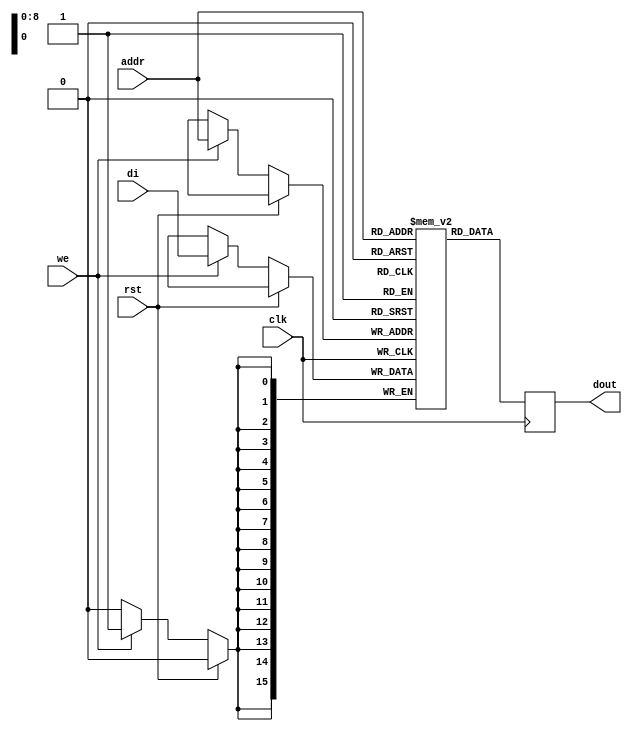

module rams_sp_rf_rst_sync_512x16_block (clk, we, rst, addr, di, dout);
input clk;
input we;
input rst;
input [8:0] addr;
input [15:0] di;
output [15:0] dout;

(* ram_style = "block" *)
reg [15:0] RAM [511:0];
reg [15:0] dout;

always @(posedge clk)
    begin
        if (rst)
            dout <= 0;
        else if (we)
            RAM[addr] <= di;
        dout <= RAM[addr];
    end
endmodule